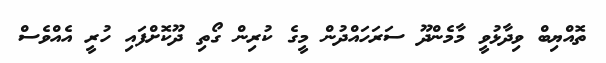
ތޮއްޔިބް ވިދާޅުވީ މާމެންދޫ ސަރަހައްދުން މީގެ ކުރިން ގޯތި ދޫކޮށްފައި ހުރީ އެއްވެސް